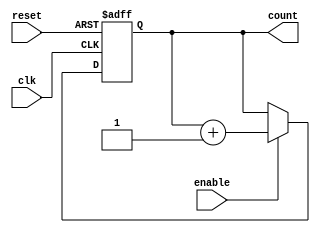
module async_reset_sync_counter #(
    parameter WIDTH = 4,           // Bit width of the counter
    parameter INIT_VALUE = 0,      // Initial value of the counter
    parameter COUNT_DIRECTION = 1   // 1 for up, 0 for down
)(
    input wire clk,                // Clock signal
    input wire reset,              // Asynchronous reset signal
    input wire enable,             // Count enable signal
    output reg [WIDTH-1:0] count   // Counter value
);

// Asynchronous reset logic
always @(posedge clk or posedge reset) begin
    if (reset) begin
        count <= INIT_VALUE;       // Reset to initial value
    end else if (enable) begin
        if (COUNT_DIRECTION) begin
            count <= count + 1;    // Increment counter
        end else begin
            count <= count - 1;    // Decrement counter
        end
    end
end

endmodule